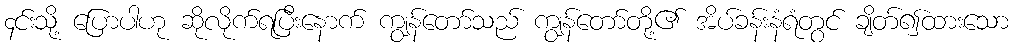
၄င်းသို့ ပြောပါဟု ဆိုလိုက်ရပြီးနောက် ကျွန်တော်သည် ကျွန်တော်တို့၏ အိပ်ခန်းနံရံတွင် ချိတ်၍ထားသော